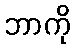
ဘာကို